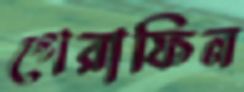
পেরাফিন